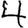
Digit: 4